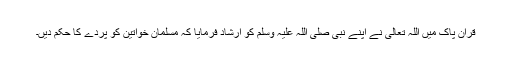
قرآن پاک میں اللہ تعالیٰ نے اپنے نبی صلی اللہ علیہ وسلم کو ارشاد فرمایا کہ مسلمان خواتین کو پردے کا حکم دیں۔